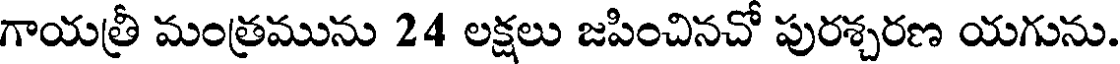
గాయత్రీ మంత్రమును 24 లక్షలు జపించినచో పురశ్చరణ యగును.